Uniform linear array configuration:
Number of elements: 64
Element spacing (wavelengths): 0.25
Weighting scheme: kaiser
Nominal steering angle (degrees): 45
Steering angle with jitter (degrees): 44.653
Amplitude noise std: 0.05
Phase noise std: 0.05

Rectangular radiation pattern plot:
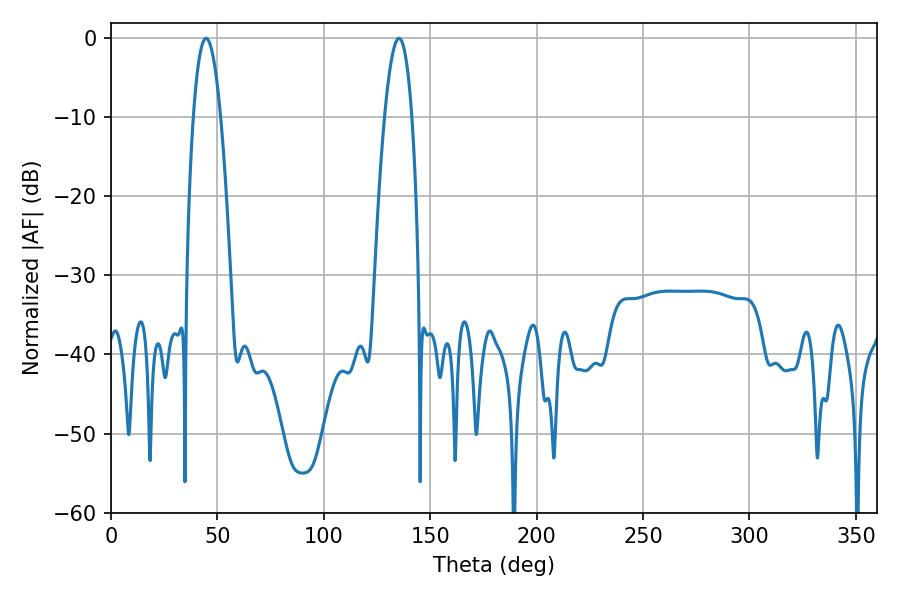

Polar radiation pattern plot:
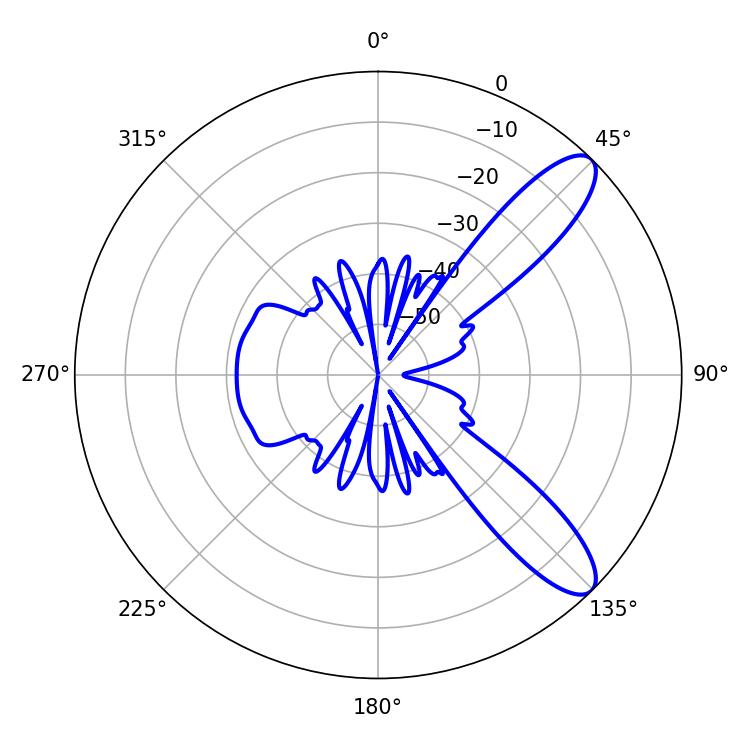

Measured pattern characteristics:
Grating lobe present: FALSE
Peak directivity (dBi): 10.3
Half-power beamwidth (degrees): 7.02
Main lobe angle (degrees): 44.64